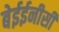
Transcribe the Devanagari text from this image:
बेईईनीसी